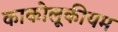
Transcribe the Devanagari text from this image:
काकोलूकीयम